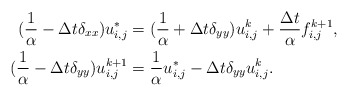
\begin{align*}(\frac{1}{\alpha} - \Delta t \delta_{xx}) u^*_{i,j} & = (\frac{1}{\alpha} + \Delta t \delta_{yy}) u^k_{i,j}+ \frac{\Delta t}{\alpha} f^{k+1}_{i,j}, \\(\frac{1}{\alpha} - \Delta t \delta_{yy}) u^{k+1}_{i,j} & = \frac{1}{\alpha} u^*_{i,j} - \Delta t \delta_{yy} u^k_{i,j}. \end{align*}